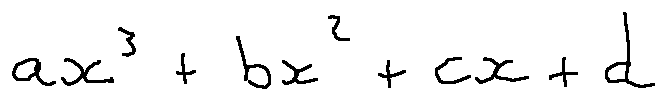
a x ^ { 3 } + b x ^ { 2 } + c x + d